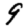
Digit: 9